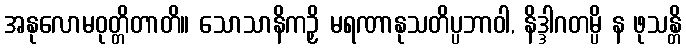
အနုလောမဝုတ္တိတာတိ။ သောသာနိကဉှိ မရဏာနုသတိပ္ပဘာဝါ, နိဒ္ဒါဂတမ္ပိ န ဖုသန္တိ